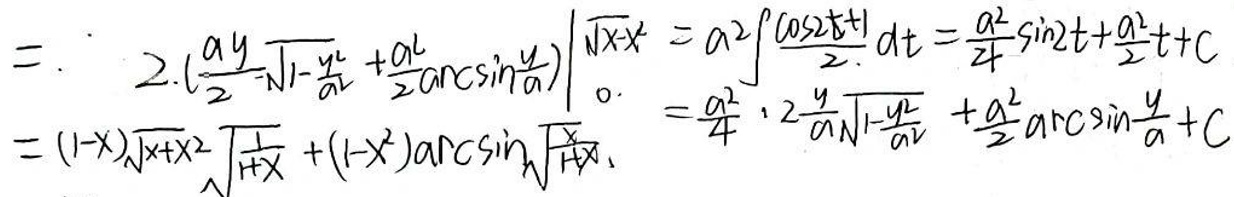
\[
\begin{align*}
&= 2\cdot\left(\frac{ay}{2}\sqrt{1-\frac{y^2}{a^2}}+\frac{a^2}{2}\arcsin\frac{y}{a}\right)\Big|_0^{\sqrt{x}}\\
&= a^2\int\frac{\cos^2t + 1}{2}dt=\frac{a^2}{4}\sin2t+\frac{a^2}{2}t + C\\
&=\frac{a^2}{4}\cdot 2\frac{y}{a}\sqrt{1-\frac{y^2}{a^2}}+\frac{a^2}{2}\arcsin\frac{y}{a}+C\\
&=(1 - x)\sqrt{x + x^2}\sqrt{\frac{1}{1 + x}}+(1 - x^2)\arcsin\sqrt{\frac{x}{1 + x}}+C
\end{align*}
\]